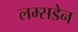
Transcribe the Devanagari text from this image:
लम्सडेन